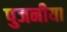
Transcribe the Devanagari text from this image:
पुजनीया